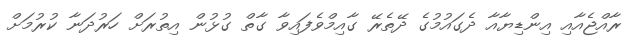
ރާއްޖެއާއި އިންޑިޔާއާ ދެގައުމުގެ ދޭތެރޭ ގާއިމްވެފައިވާ ގާތް ގުޅުން އިތުރަށް ހަރުދަނާ ކުރުމަށް